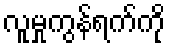
လူမှုကွန်ရက်ကို